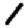
Digit: 1